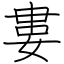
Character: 婁